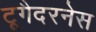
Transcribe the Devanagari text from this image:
टूगैदरनेस